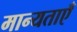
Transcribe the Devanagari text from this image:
मान्‍यताएँ